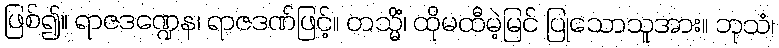
ဖြစ်၍။ ရာဇဒဏ္ဍေန၊ ရာဇဒဏ်ဖြင့်။ တသ္မိံ၊ ထိုမထီမဲ့မြင် ပြုသောသူအား။ ဘုသံ၊